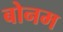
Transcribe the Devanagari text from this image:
बोनम